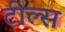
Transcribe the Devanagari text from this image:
टील्स